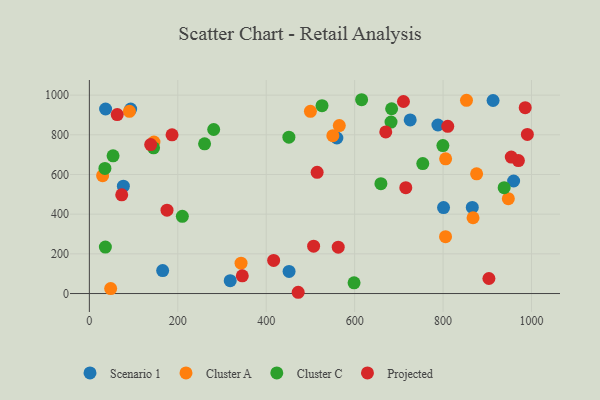
{"axis": {"x": "Experience", "y": "Sales"}, "legend": ["Cluster A", "Cluster C", "Projected", "Scenario 1"], "data": [{"x": "36.7", "y": 930.2, "type": "Scenario 1"}, {"x": "76.9", "y": 541.4, "type": "Scenario 1"}, {"x": "913.1", "y": 972.9, "type": "Scenario 1"}, {"x": "165.8", "y": 115.6, "type": "Scenario 1"}, {"x": "725.7", "y": 874.9, "type": "Scenario 1"}, {"x": "318.6", "y": 64.9, "type": "Scenario 1"}, {"x": "866.1", "y": 433.9, "type": "Scenario 1"}, {"x": "93.4", "y": 929.9, "type": "Scenario 1"}, {"x": "559.8", "y": 784.0, "type": "Scenario 1"}, {"x": "788.4", "y": 849.4, "type": "Scenario 1"}, {"x": "451.7", "y": 111.5, "type": "Scenario 1"}, {"x": "959.6", "y": 567.2, "type": "Scenario 1"}, {"x": "801.1", "y": 433.5, "type": "Scenario 1"}, {"x": "565.3", "y": 846.8, "type": "Cluster A"}, {"x": "500.0", "y": 918.5, "type": "Cluster A"}, {"x": "805.8", "y": 679.0, "type": "Cluster A"}, {"x": "805.6", "y": 286.4, "type": "Cluster A"}, {"x": "867.8", "y": 382.1, "type": "Cluster A"}, {"x": "947.6", "y": 478.2, "type": "Cluster A"}, {"x": "30.0", "y": 594.3, "type": "Cluster A"}, {"x": "48.2", "y": 24.8, "type": "Cluster A"}, {"x": "90.6", "y": 918.3, "type": "Cluster A"}, {"x": "146.1", "y": 763.6, "type": "Cluster A"}, {"x": "343.1", "y": 153.2, "type": "Cluster A"}, {"x": "550.7", "y": 795.7, "type": "Cluster A"}, {"x": "853.0", "y": 973.7, "type": "Cluster A"}, {"x": "875.9", "y": 603.6, "type": "Cluster A"}, {"x": "938.2", "y": 533.6, "type": "Cluster C"}, {"x": "615.8", "y": 976.9, "type": "Cluster C"}, {"x": "598.7", "y": 54.2, "type": "Cluster C"}, {"x": "281.2", "y": 826.9, "type": "Cluster C"}, {"x": "682.3", "y": 864.1, "type": "Cluster C"}, {"x": "526.2", "y": 947.1, "type": "Cluster C"}, {"x": "145.2", "y": 734.5, "type": "Cluster C"}, {"x": "754.1", "y": 654.9, "type": "Cluster C"}, {"x": "451.3", "y": 787.9, "type": "Cluster C"}, {"x": "260.6", "y": 754.6, "type": "Cluster C"}, {"x": "683.7", "y": 931.4, "type": "Cluster C"}, {"x": "799.6", "y": 745.8, "type": "Cluster C"}, {"x": "53.6", "y": 694.0, "type": "Cluster C"}, {"x": "210.3", "y": 389.4, "type": "Cluster C"}, {"x": "36.2", "y": 234.1, "type": "Cluster C"}, {"x": "659.4", "y": 553.8, "type": "Cluster C"}, {"x": "35.2", "y": 630.4, "type": "Cluster C"}, {"x": "416.8", "y": 167.0, "type": "Projected"}, {"x": "515.2", "y": 611.2, "type": "Projected"}, {"x": "187.0", "y": 800.1, "type": "Projected"}, {"x": "345.9", "y": 89.4, "type": "Projected"}, {"x": "985.8", "y": 936.9, "type": "Projected"}, {"x": "903.7", "y": 75.8, "type": "Projected"}, {"x": "715.7", "y": 533.8, "type": "Projected"}, {"x": "670.4", "y": 814.7, "type": "Projected"}, {"x": "810.6", "y": 842.6, "type": "Projected"}, {"x": "507.2", "y": 238.7, "type": "Projected"}, {"x": "472.3", "y": 6.4, "type": "Projected"}, {"x": "970.4", "y": 670.1, "type": "Projected"}, {"x": "73.2", "y": 497.8, "type": "Projected"}, {"x": "63.0", "y": 902.2, "type": "Projected"}, {"x": "990.7", "y": 802.2, "type": "Projected"}, {"x": "954.3", "y": 687.7, "type": "Projected"}, {"x": "562.9", "y": 233.9, "type": "Projected"}, {"x": "138.7", "y": 751.0, "type": "Projected"}, {"x": "710.4", "y": 968.0, "type": "Projected"}, {"x": "175.6", "y": 420.4, "type": "Projected"}]}